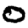
Digit: 0